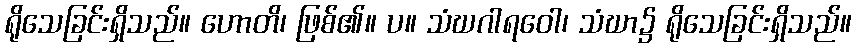
ရိုသေခြင်းရှိသည်။ ဟောတိ၊ ဖြစ်၏။ ပ။ သံဃဂါရဝေါ၊ သံဃာ၌ ရိုသေခြင်းရှိသည်။